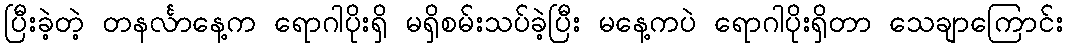
ပြီးခဲ့တဲ့ တနင်္လာနေ့က ရောဂါပိုးရှိ မရှိစမ်းသပ်ခဲ့ပြီး မနေ့ကပဲ ရောဂါပိုးရှိတာ သေချာကြောင်း